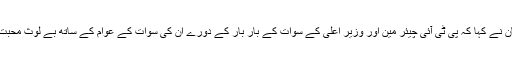
فضل حکیم خان نے کہا کہ پی ٹی آئی چیئر مین اور وزیر اعلیٰ کے سوات کے بار بار کے دورے ان کی سوات کے عوام کے ساتھ بے لوث محبت کا ثبوت ہیں۔